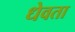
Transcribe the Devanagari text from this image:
धेवता